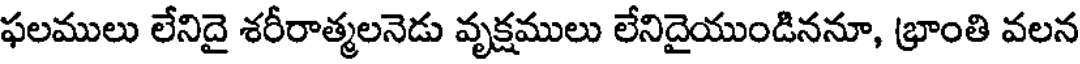
ఫలములు లేనిదై శరీరాత్మలనెడు వృక్షములు లేనిదైయుండిననూ, భ్రాంతి వలన